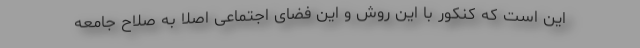
این است که کنکور با این روش و این فضای اجتماعی اصلاً به صلاح جامعه